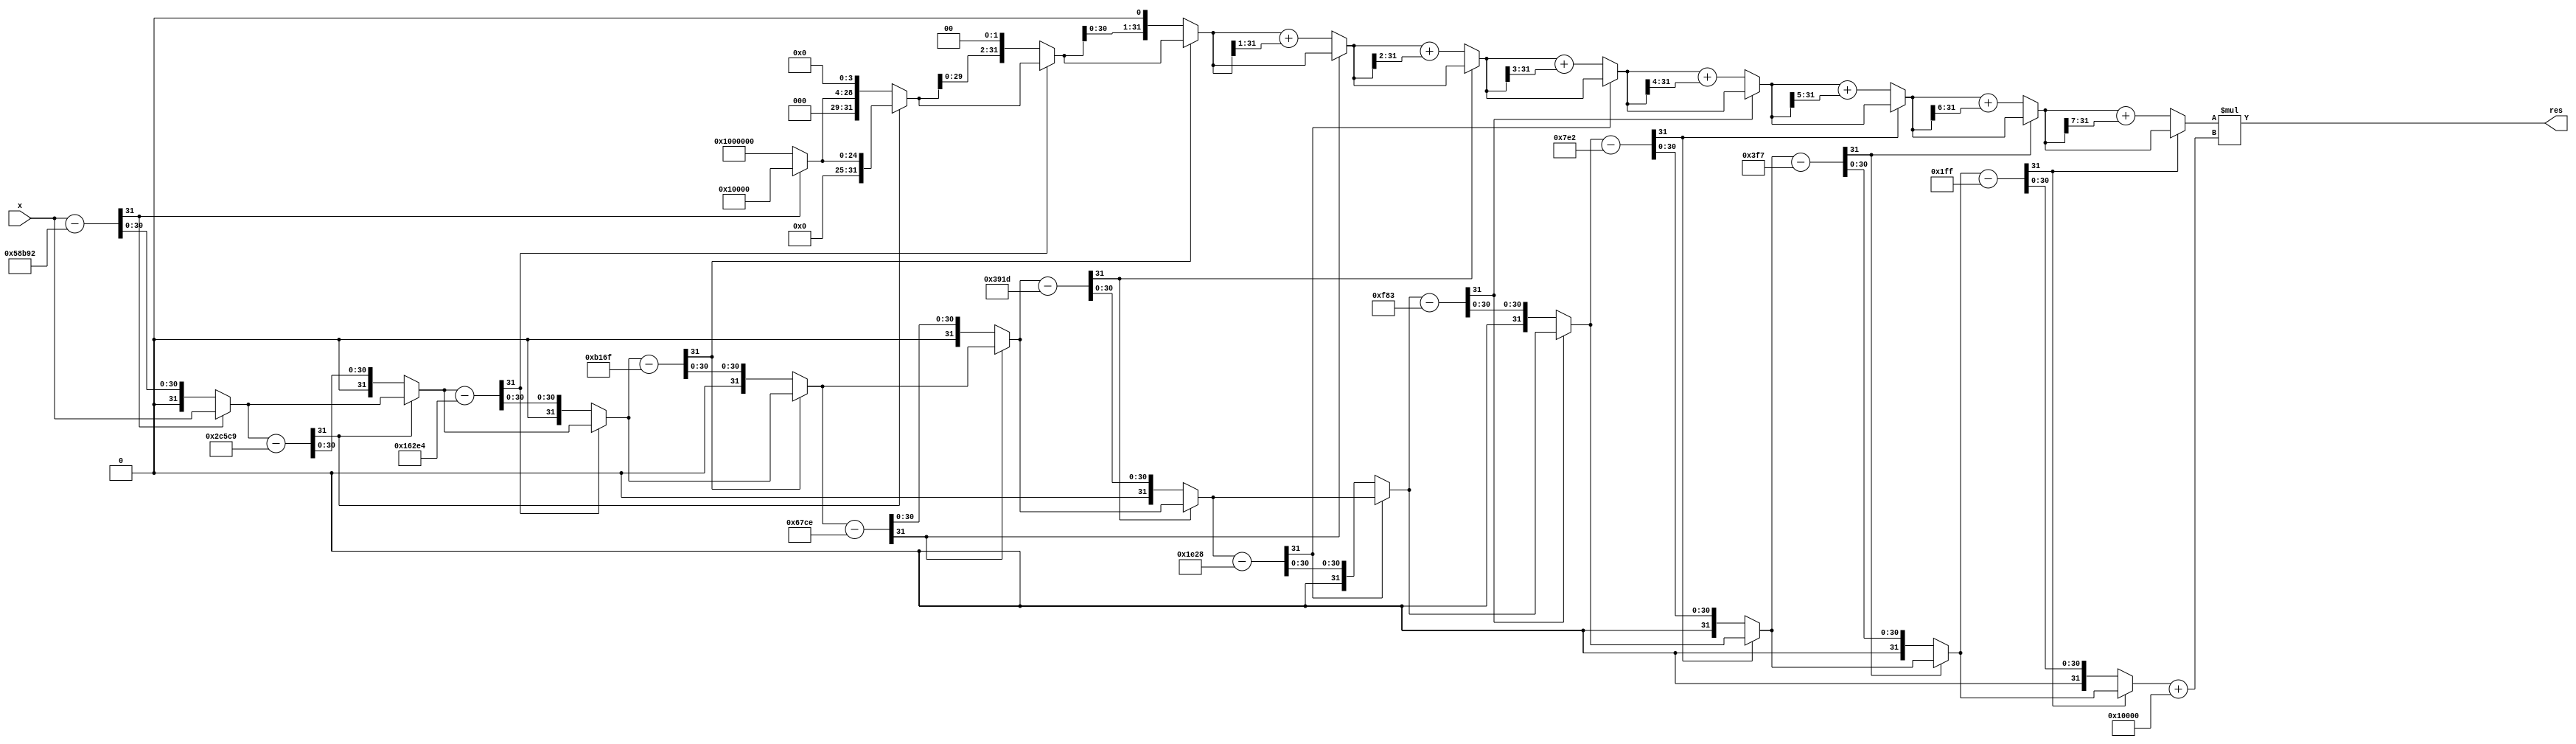
`timescale 1ns / 1ps
//////////////////////////////////////////////////////////////////////////////////
// Company: 
// Engineer: 
// 
// Design Name: 
// Module Name: BoothMulti
// Project Name: 
// Target Devices: 
// Tool Versions: 
// Description: 
// 
// Dependencies: 
// 
// Revision:
// Revision 0.01 - File Created
// Additional Comments:
// 
//////////////////////////////////////////////////////////////////////////////////
module exp(x,res);
input [31:0]x;
output reg [63:0]res;//y=16'b0000000000000001;
reg [31:0]t,z,temp,y,p;
localparam sf = 2.0**-8.0;

always@(*)
begin
z=x;
y=32'b0000000000000001_0000000000000000;

t=z-32'b0000000000000101_1000101110010010;
if (t[31]!=1'b1)
    begin 
    z=t;
    y=y<<8;
    end
   
 t=z-32'b0000000000000010_1100010111001001;
 if (t[31]!=1'b1)
     begin 
     z=t;
     y=y<<4;
     end
 
         
 t=z-32'b0000000000000001_0110001011100100;
 if (t[31]!=1'b1)
     begin 
     z=t;
     y=y<<2;
     end
 
 t=z-32'b0000000000000000_1011000101101111;
 if (t[31]!=1'b1)
     begin 
     z=t;
     y=y<<1;
     end
   
 t=z-32'b0000000000000000_0110011111001110;
 if (t[31]!=1'b1)
     begin 
     z=t;
     temp=y>>1;
     y=y+temp;
     end
     
 t=z-32'b0000000000000000_0011100100011101;
 if (t[31]!=1'b1)
     begin 
     z=t;
     temp=y>>2;
     y=y+temp;
     end
    
 t=z-32'b0000000000000000_0001111000101000;
 if (t[31]!=1'b1)
     begin 
     z=t;
     temp=y>>3;
     y=y+temp;
     end
 
 t=z-32'b0000000000000000_0000111110000011;
 if (t[31]!=1'b1)
     begin 
     z=t;
     temp=y>>4;
     y=y+temp;
     end
    
 t=z-32'b0000000000000000_0000011111100010;
 if (t[31]!=1'b1)
     begin 
     z=t;
     temp=y>>5;
     y=y+temp;
     end
    
 t=z-32'b0000000000000000_0000001111110111;
 if (t[31]!=1'b1)
     begin 
     z=t;
     temp=y>>6;
     y=y+temp;
     end
  
 t=z-32'b0000000000000000_0000000111111111; 
if (t[31]!=1'b1)
     begin 
     z=t;
     temp=y>>7;
     y=y+temp;
     end
     p=z+32'b0000000000000001_0000000000000000;
    res=y*p;  
 end
 endmodule

/*     
module divide(Q,M,Quo,rem);
input [15:0]Q;
input [15:0]M;
output [15:0]Quo;
output [15:0]rem;
reg [15:0]Quo=0;
reg [15:0]rem=0;
reg [15:0]a1,b1;
reg [15:0]p1;
integer i;

always @(Q or M)
begin
a1=Q;
b1=M;
p1=0;
for(i=0;i<16;i=i+1)
begin
    p1={p1[14:0],a1[15]};
    a1[15:1]=a1[14:0];
    p1=p1-b1;
    if(p1[15]==1)
    begin
        a1[0]=0;
        p1=p1+b1;
    end
    else 
    begin
        a1[0]=1;
    end
end
Quo=a1;
rem=p1;
end
endmodule    
*/
/*
module multiply(x,y,prod);
input [31:0]x,y;
output reg [31:0] prod;
integer i;
always @ (x or y)
begin
prod=0;
for(i=0; i<16; i=i+1)
    if ( x[i] == 1'b1 )
    prod = prod + (y<<i);
end
endmodule

*/